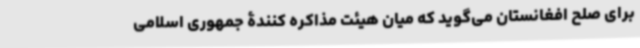
برای صلح افغانستان می‌گوید که میان هیئت مذاکره کنندۀ جمهوری اسلامی